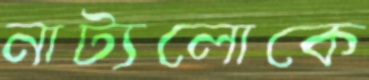
নাট্যলোকে